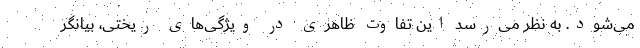
می‌شود. به نظر می‌رسد این تفاوت ظاهری در ویژگی‌های ریختی، بیانگر